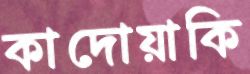
কাদোয়াকি